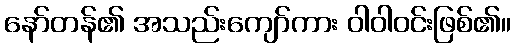
နော်တန်၏ အသည်းကျော်ကား ဝါဝါဝင်းဖြစ်၏။